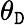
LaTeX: \theta_{\mathtt{D}}